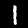
Label: 1